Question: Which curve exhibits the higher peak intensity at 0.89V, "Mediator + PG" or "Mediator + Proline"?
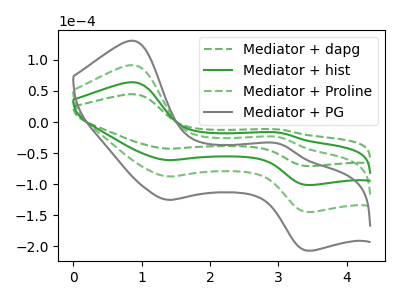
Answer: <think>The green dashed curve "Mediator + dapg" has anodic peaks at (0.90V, 44.80uA) (3.00V, -12.10uA) and cathodic peaks at (1.40V, -42.90uA) (3.40V, -70.95uA). The green curve "Mediator + hist" has anodic peaks at (0.90V, 64.00uA) (3.00V, -17.30uA) and cathodic peaks at (1.40V, -61.30uA) (3.40V, -101.35uA). The green dashed curve "Mediator + Proline" has anodic peaks at (0.90V, 128.00uA) (3.00V, -34.55uA) and cathodic peaks at (1.40V, -122.60uA) (3.40V, -202.75uA). The gray curve "Mediator + PG" has anodic peaks at (0.90V, 192.00uA) (3.00V, -51.85uA) and cathodic peaks at (1.40V, -183.90uA) (3.40V, -304.10uA).</think>
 <answer>The peak at 0.89V is higher in "Mediator + PG" than in "Mediator + Proline".</answer>
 <eval>higher</eval>